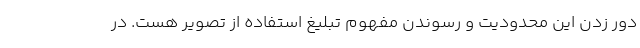
دور زدن این محدودیت و رسوندن مفهوم تبلیغ استفاده از تصویر هست. در